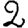
Digit: 2